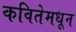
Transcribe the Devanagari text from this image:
कवितेमधून